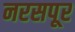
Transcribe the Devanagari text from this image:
नरसपूर